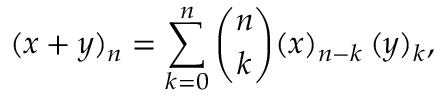
( x + y ) _ { n } = \sum _ { k = 0 } ^ { n } { \binom { n } { k } } ( x ) _ { n - k } \, ( y ) _ { k } ,